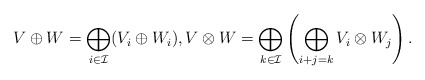
\begin{align*}V \oplus W = \bigoplus_{i \in \mathcal{I}}(V_i \oplus W_i), V \otimes W = \bigoplus_{k \in \mathcal{I}}\left(\bigoplus_{i+j=k} V_i \otimes W_j\right).\end{align*}